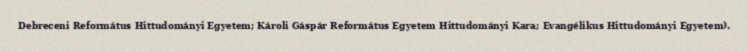
Debreceni Református Hittudományi Egyetem; Károli Gáspár Református Egyetem Hittudományi Kara; Evangélikus Hittudományi Egyetem).